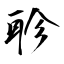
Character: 聄